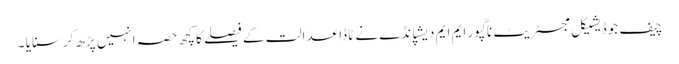
چیف جوڈیشیکل مجسٹریٹ ناگپور ایم ایم دیشپانڈے نے ٹاڈا عدالت کے فیصلے کا کچھ حصہ انہیں پڑھ کرسنایا ۔